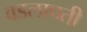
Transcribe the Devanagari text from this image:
वडलापती